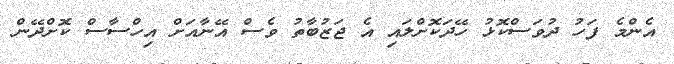
އެންމެ ފަހު ދުވަސްކޮޅު ހޭދަކޮށްލައި އެ ޖަޒުބާތު ވެސް އޭނާއަށް އިހްސާސް ކޮށްދޭން